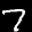
Label: 7